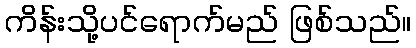
ကိန်းသို့ပင်ရောက်မည် ဖြစ်သည်။